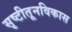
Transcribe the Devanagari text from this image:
सृष्टीतूनविकास